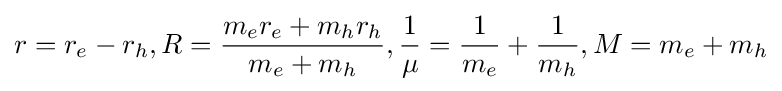
r=r_{e}-r_{h},R={{m_{e}r_{e}+m_{h}r_{h}} \over {m_{e}+m_{h}}},{1 \over \mu }={1 \over m_{e}}+{1 \over m_{h}},M=m_{e}+m_{h}